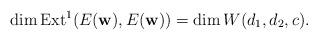
LaTeX: \begin{align*}\dim\mathrm{Ext}^1(E(\mathbf{w}),E(\mathbf{w})) = \dim W(d_1,d_2,c).\end{align*}